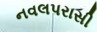
નવલપરાસી